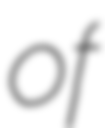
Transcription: of